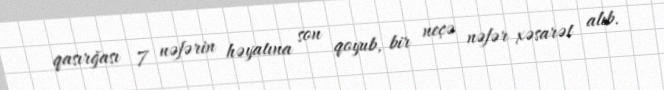
qasırğası 7 nəfərin həyatına son qoyub, bir neçə nəfər xəsarət alıb.